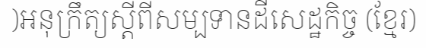
)អនុក្រឹត្យស្តីពីសម្បទានដីសេដ្ឋកិច្ច (ខ្មែរ)